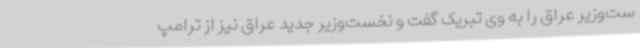
ست‌وزیر عراق را به وی تبریک گفت و نخست‌وزیر جدید عراق نیز از ترامپ